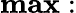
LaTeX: \mathbf{max}: